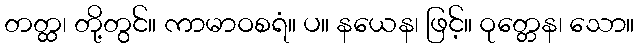
တတ္ထ၊ တို့တွင်။ ကာမာဝစရံ။ ပ။ နယေန၊ ဖြင့်။ ဝုတ္တေန၊ သော။